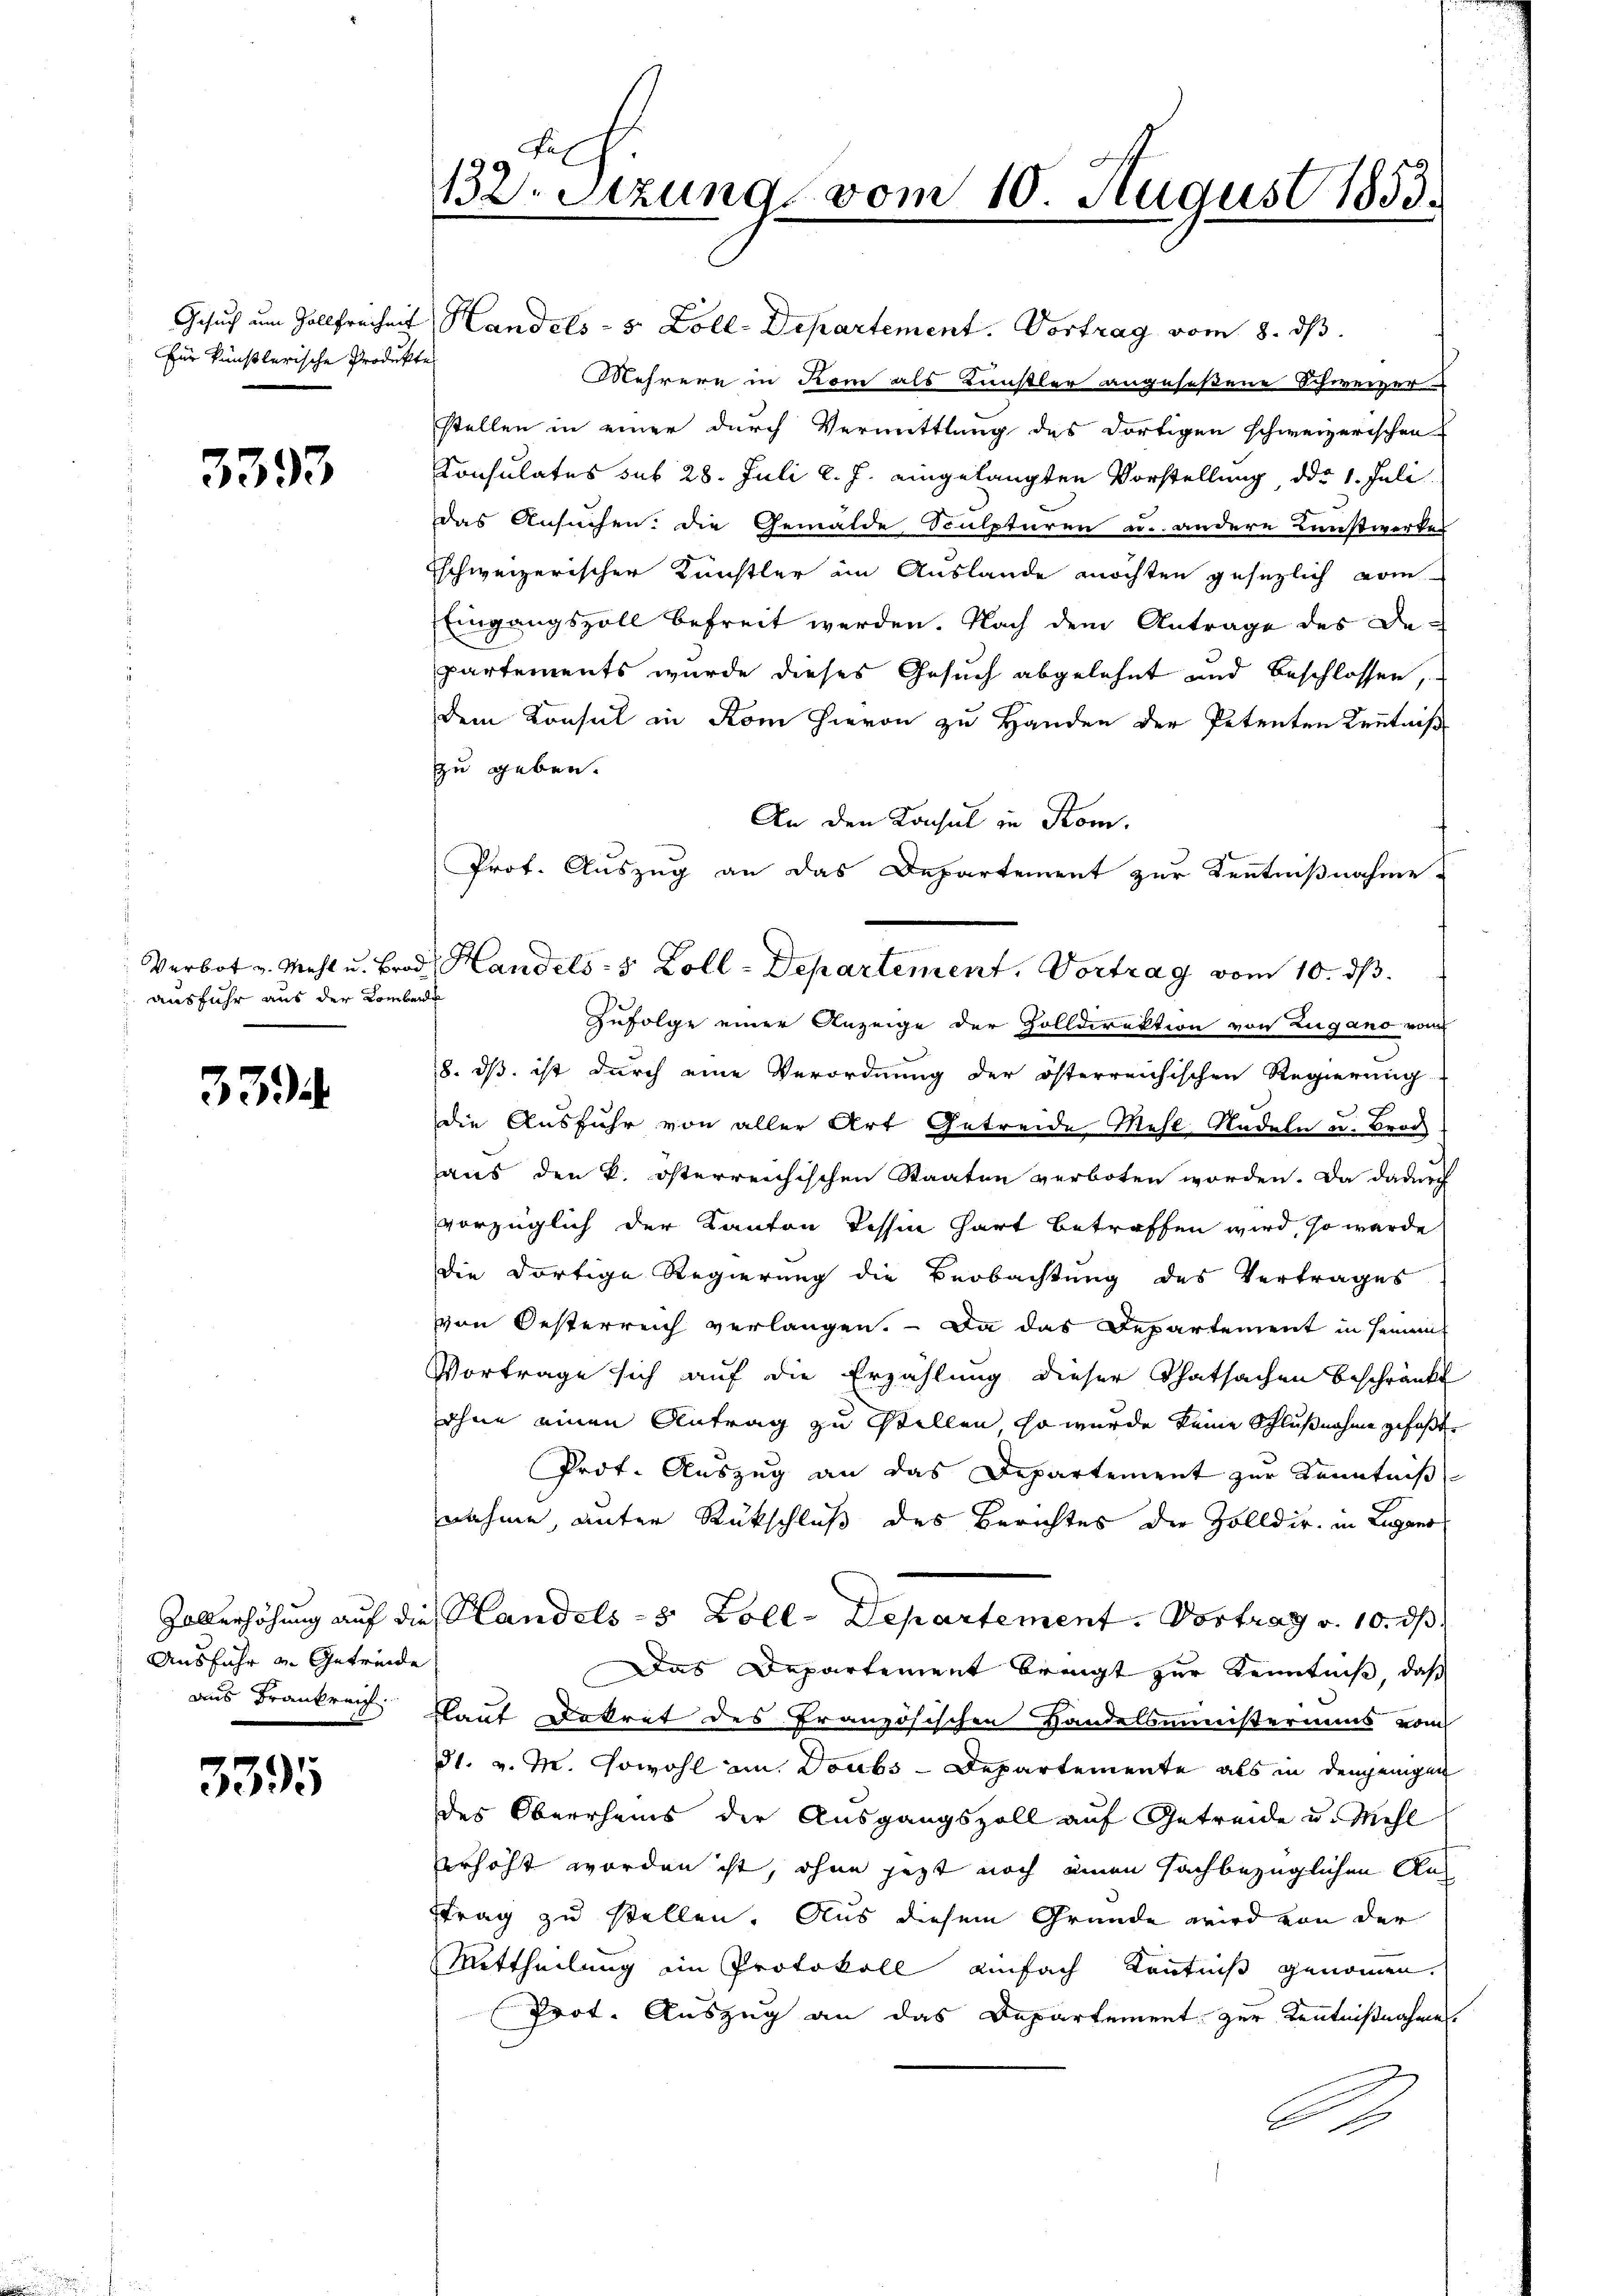
Gesuch um Gollfreiheit
für künstlerische Produkte

3393

Verbot v. Mehl u. Brod
ausfuhr aus der Lombarde

3394

Ausfuhr u. Getreide

3395

132. Stzung vom 10. August 1853.
¬

Handels- 5 Zoll-Departement. Vortrag vom 8. ds.
Mehrere in Rom als Künstler angeseßene Schweizer
stellen in einer durch Vermittlung des dortigen schweizerischen
Consulates sub 28. Juli l. J. eingelangten Vorstellung, ddo 1. Juli
das Ansuchen. Die Gemälde Sculpturen u. andere Kunstwerkes
Eschweizerischer Künstler im Auslande möchten gesezlich vom
Eingangszoll befreit werden. Nach dem Antrage des De-
partements wurde dieses Gesuch abgelehnt und Beschlossen,
dem Konsul in Rom hievon zu Handen der Petenten Kenntniß
zu geben.
Zufolge einer Anzeige der Holldirektion von Zugano vom
8. dß ist durch eine Verordnung der österreichischen Regierung
.
die Ausfuhr von aller Art Getreide Mehl Radeln u. Broc
aus den k. österreichischen Staaten verboten worden. Da dadurch
vorzüglich der Kanton Tessin hart betreffen wird, so werde
die dortige Regierung die Beobachtung des Vertrages
von Oesterreich verlangen. – Da das Departement in sein
Vortrage sich auf die Erzählung dieser Thatsachen beschränkt
ohne einen Antrag zu stellen, so wurde keine Schlußnahme gefaßt
Prot. Auszug an das Departement zur Kenntniß
nahme, unter Rückschluß des Berichtes die Zolldir. in Lugano
Hallerhöhung auf die Handels- 5 Zoll-Departement. Vortrag v. 10. ds
Das Departement bringt zur Kenntniß, daß
aus Brankreis laut Dekret des Französischen Handelsministeriums vom
t. v. M. sowohl im Doubs-Departemente als in denjenigen
des Oberrheins der Ausgangszoll auf Getreide u. Mehl
erhöht worden ist, ohne jezt noch einen sachbezüglichen Ausstrag zu stellen. Aus diesem Grunde wird von der
Mittheilung im Protokoll einfach Kenntniß genommen.
Prot. Auszug an das Departement zur Kenntnißnahme
A

An den Konsul in Kom
Prof. Auszug an das Departement zur Kentnißnahme
d. Handels- 5 Zoll-Departement, Vortrag vom 10. ds.